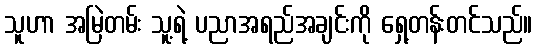
သူဟာ အမြဲတမ်း သူ့ရဲ့ ပညာအရည်အချင်းကို ရှေ့တန်းတင်သည်။